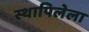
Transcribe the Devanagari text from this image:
स्थापिलेला